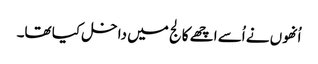
اُنھوں نے اُسے اچھے کالج میں داخل کیا تھا۔